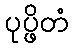
ပုပ္ဖိတံ